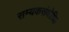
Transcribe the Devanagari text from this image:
सम्यकसंबोधि।